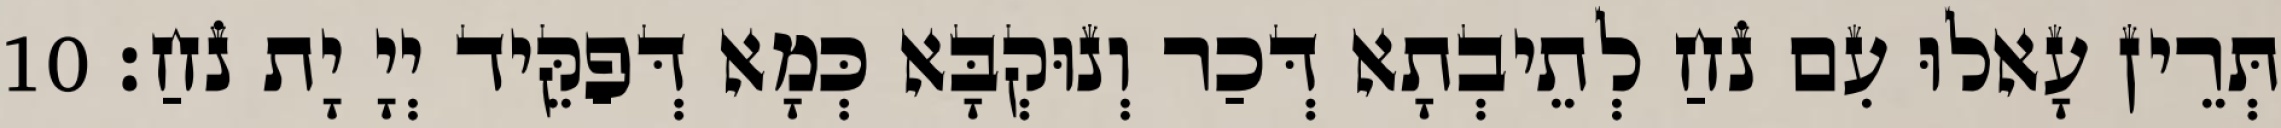
תְּרֵין עָאלוּ עִם נֹחַ לְתֵיבְתָא דְּכַר וְנוּקְבָּא כְּמָא דְּפַקֵּיד יְיָ יָת נֹחַ׃ 10